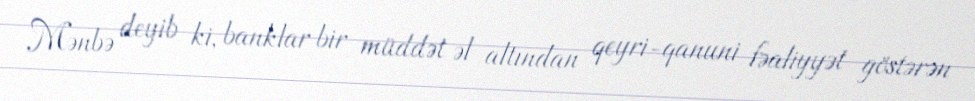
Mənbə deyib ki, banklar bir müddət əl altından qeyri-qanuni fəaliyyət göstərən